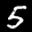
Label: 5